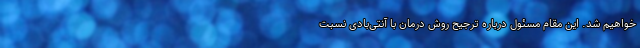
خواهیم شد. این مقام مسئول درباره ترجیح روش درمان با آنتی‌بادی نسبت